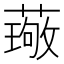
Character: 𫉦